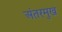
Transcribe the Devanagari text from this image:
अंतरमुख